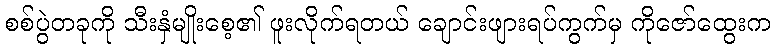
စစ်ပွဲတခုကို သီးနှံမျိုးစေ့၏ ဖူးလိုက်ရတယ် ချောင်းဖျားရပ်ကွက်မှ ကိုဇော်ထွေးက